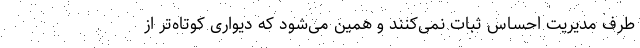
طرف مدیریت احساس ثبات نمی‌کنند و همین می‌شود که دیواری کوتاه‌تر از